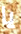
يا